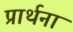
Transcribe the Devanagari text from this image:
प्रार्थनां